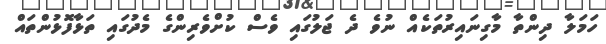
ހަމަލާ ދިންތާ މާގިނައިރުތަކެއް ނުވެ ދެ ޖަލުގައި ވެސް ކުށްވެރިންގެ މެދުގައި ތަޅާފޮޅުންތައް